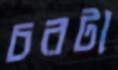
চরটা